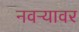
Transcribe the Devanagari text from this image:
नवऱ्यावर